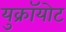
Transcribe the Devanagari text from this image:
युक्रॉयोट